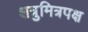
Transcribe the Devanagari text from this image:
शत्रुमित्रपक्ष